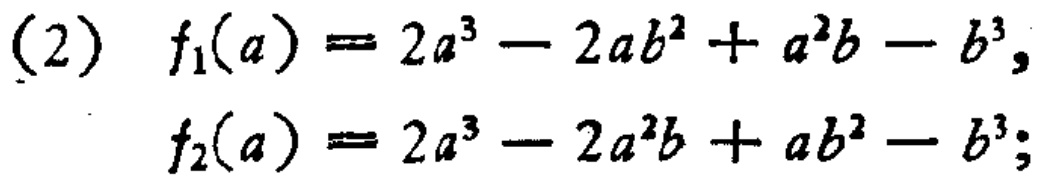
(2) \(f_1(a)=2a^{3}-2ab^{2}+a^{2}b - b^{3},\)

\(f_2(a)=2a^{3}-2a^{2}b+ab^{2}-b^{3};\)